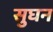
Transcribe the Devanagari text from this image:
सुघन